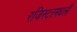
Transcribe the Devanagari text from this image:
रजिस्‍टरमधली